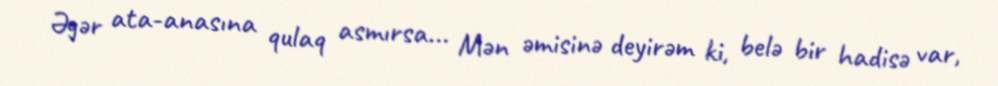
Əgər ata-anasına qulaq asmırsa... Mən əmisinə deyirəm ki, belə bir hadisə var,